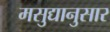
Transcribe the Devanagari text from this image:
मसुद्यानुसार